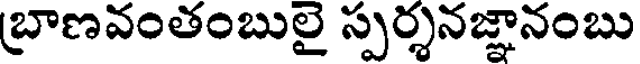
బ్రాణవంతంబులై స్పర్శనజ్ఞానంబు